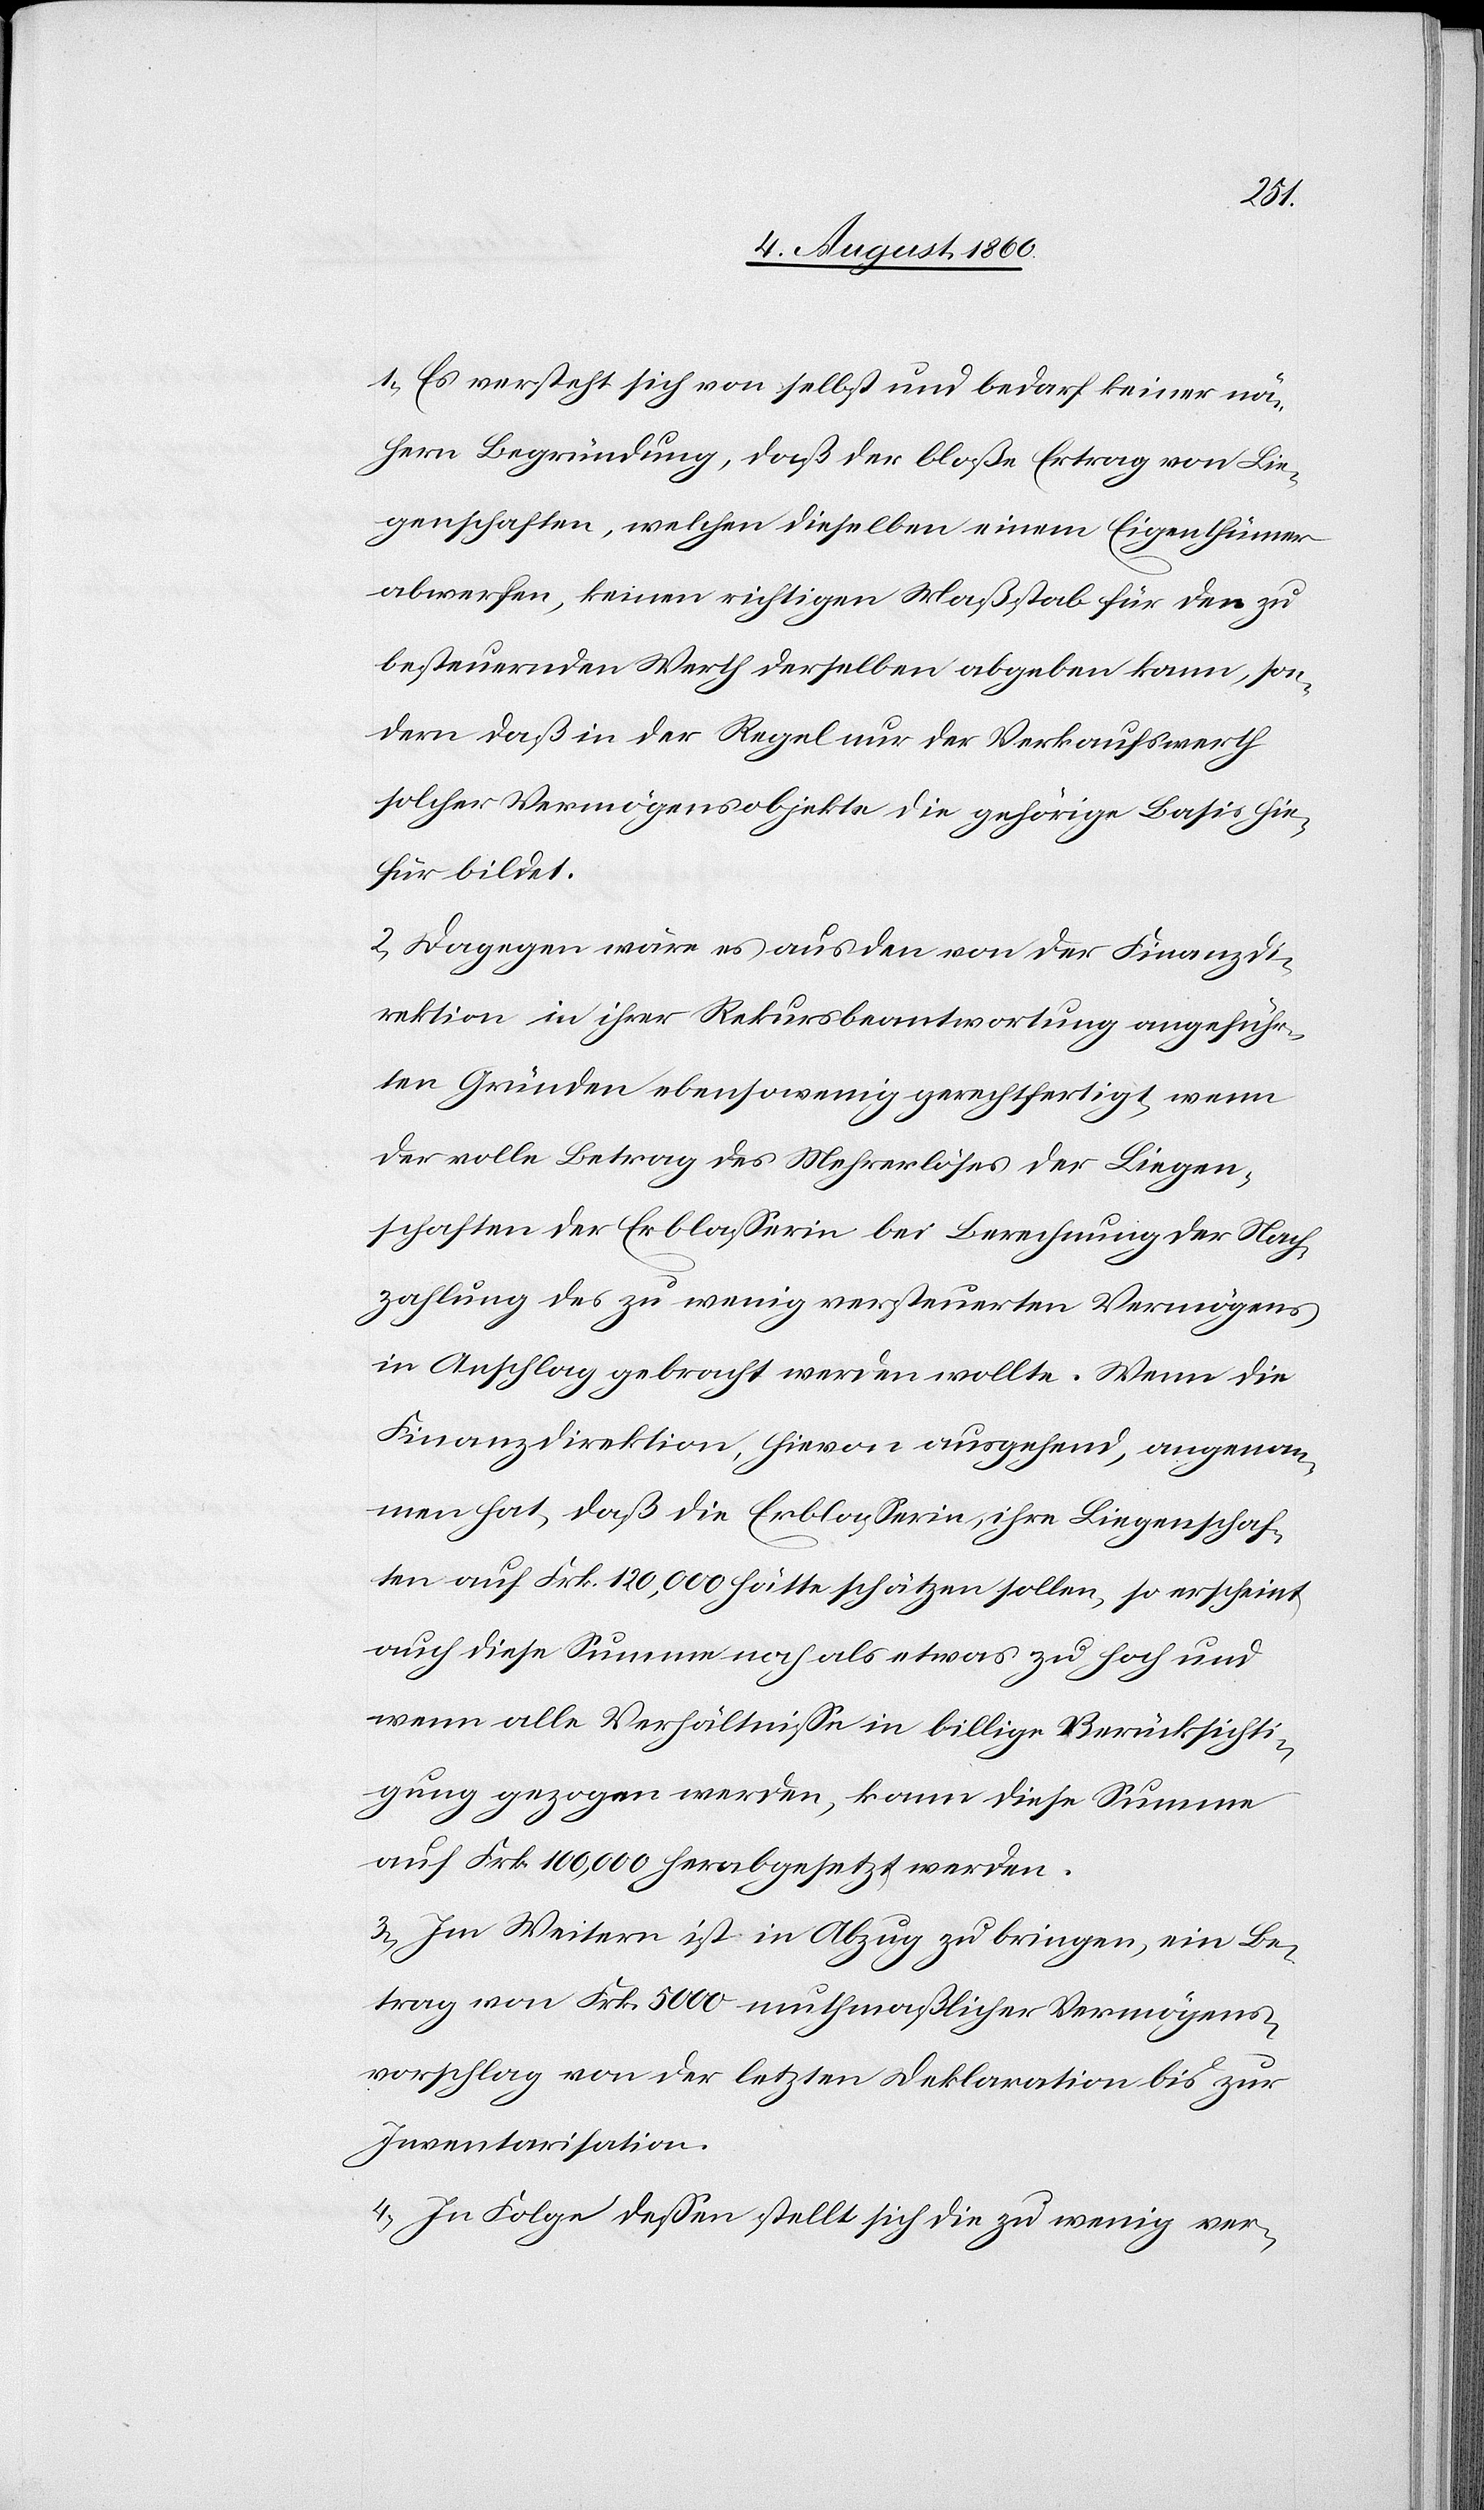
1. Es versteht sich von selbst und bedarf keiner nä¬
hern Begründung, dass der blosse Ertrag von Lie¬
genschaften, welchen dieselben einem Eigenthümer
abwerfen, keinen richtigen Massstab für den zu
besteuernden Werth derselben abgeben kann, son¬
dern dass in der Regel nur der Verkaufswerth
solcher Vermögensobjekte die gehörige Basis hie¬
für bildet.
2. Dagegen wäre es aus den von der Finanzdi¬
rektion in ihrer Rekursbeantwortung angeführ¬
ten Gründen ebenso wenig gerechtfertigt, wenn
der volle Betrag des Mehrerlöses der Liegen¬
schaften der Erblasserin bei Berechnung der Nach¬
zahlung des zu wenig versteuerten Vermögens
in Anschlag gebracht werden wollte. Wenn die
Finanzdirektion, hievon ausgehend, angenom¬
men hat, dass die Erblasserinn ihre Liegenschaf¬
ten auf fcs. 120 000 hätte schätzen sollen, so erscheint
auch diese Summe noch als etwas zu hoch und
wenn alle Verhältnisse in billige Berücksichti¬
gung gezogen werden, kann diese Summe
auf fcs. 100 000 herabgesetzt werden.
3. Im Weitern ist in Abzug zu bringen ein Be¬
trag von fcs. 5000 muthmasslicher Vermögens¬
vorschlag von der letzten Deklaration bis zur
Inventarisation.
4. In Folge dessen stellt sich die zu wenig ver-